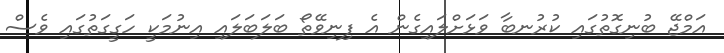
އަމްޖޭ ބުނިގޮތުގައި ކުރުނބާ ވަޅަށްލައިގެން އެ ފިނިވޭތޯ ބަލަބަލައި އިނުމަކީ ހަގީގަތުގައި ވެސް